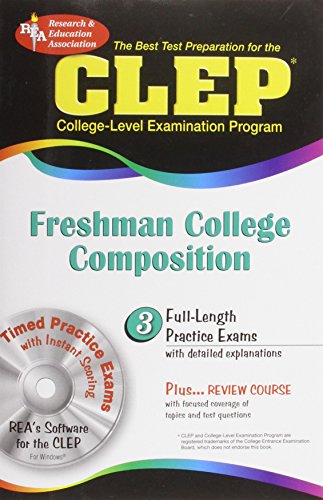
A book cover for CLEP Freshman College Composition (CLEP Test Preparation); Editors of REA; Test Preparation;